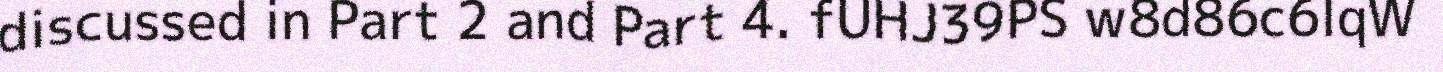
discussed in Part 2 and Part 4. fUHJ39PS w8d86c6lqW